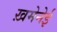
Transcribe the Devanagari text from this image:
ख़मेनेई